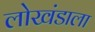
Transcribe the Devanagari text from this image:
लोखंडाला